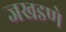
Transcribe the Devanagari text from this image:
जखडणे